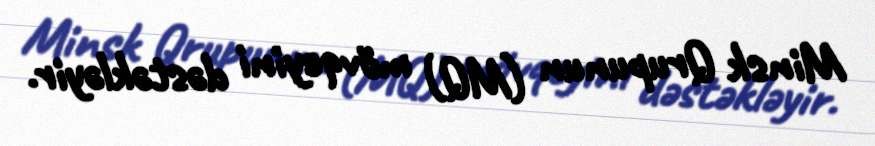
Minsk Qrupunun (MQ) mövqeyini dəstəkləyir.